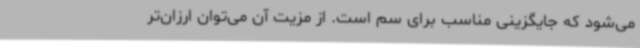
می‌شود که جایگزینی مناسب برای سم است. از مزیت آن می‌توان ارزان‌تر